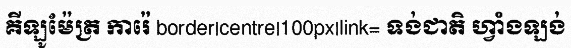
គីឡូម៉ែត្រ ការ៉េ border|centre|100px|link= ទង់ជាតិ ហ្វាំងឡង់